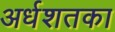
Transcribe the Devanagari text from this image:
अर्धशतका